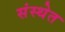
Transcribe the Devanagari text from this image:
संस्‍थेत